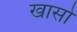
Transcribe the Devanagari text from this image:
खासो